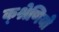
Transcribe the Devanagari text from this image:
क्श्रेणियो